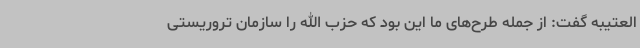
العتیبه گفت: از جمله طرح‌های ما این بود که حزب الله را سازمان تروریستی